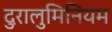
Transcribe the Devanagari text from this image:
दुरालुमिनियम